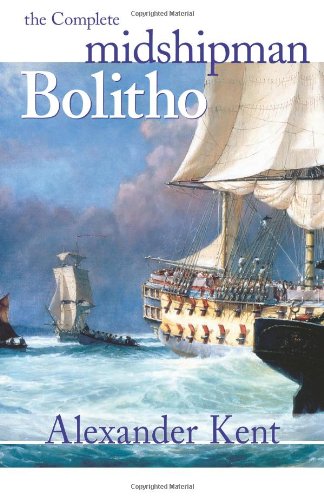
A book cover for The Complete Midshipman Bolitho; Alexander Kent; Literature & Fiction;